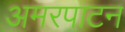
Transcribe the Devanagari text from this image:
अमरपाटन